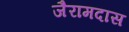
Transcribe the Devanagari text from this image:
जैरामदास